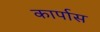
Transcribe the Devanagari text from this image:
कार्पास